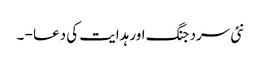
نئی سرد جنگ اور ہدایت کی دعا - ۔